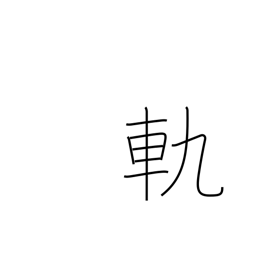
Meaning: rut